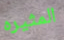
المثيره